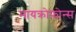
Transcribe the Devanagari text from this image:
मायक्रोफ़ोन्स